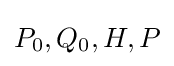
P_{0},Q_{0},H,P